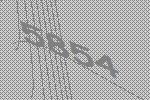
5854